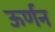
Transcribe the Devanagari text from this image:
ऊर्णन